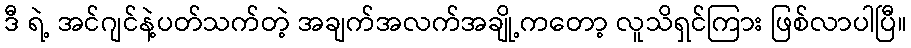
ဒီ ရဲ့ အင်ဂျင်နဲ့ပတ်သက်တဲ့ အချက်အလက်အချို့ကတော့ လူသိရှင်ကြား ဖြစ်လာပါပြီ။